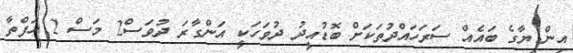
އިންޑިޔާގެ ބައެއް ސަރަހައްދުތަކަށް ބޮޑުއީދު ދުވަހަކީ އަންގާރަ ދުވަސް2 މަސް 2 ހަފްތާ